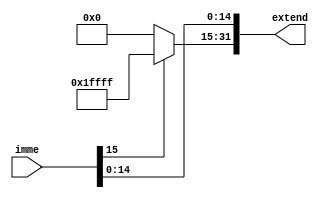
module sign(
	input [15:0]imme,
	output reg [31:0]extend
    );
	always @(imme)begin
		if (imme[15]==1) begin
			extend[31:15]<=17'hfffff;
			end
		else
			extend[31:15]<=17'b0;
		extend[14:0]<=imme[14:0];
		end
	


endmodule